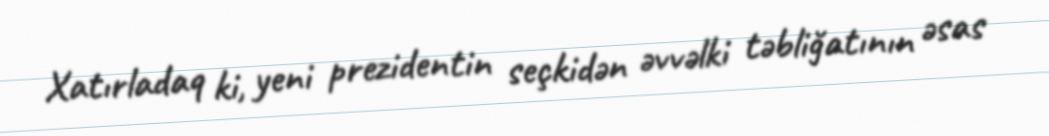
Xatırladaq ki, yeni prezidentin seçkidən əvvəlki təbliğatının əsas